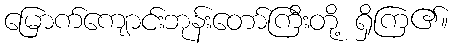
မြောက်ကျောင်းဘုန်းတော်ကြီးတို့ ရှိကြ၏။